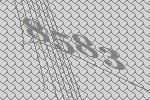
8583